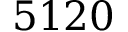
5 1 2 0